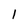
Character: l